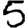
Digit: 5